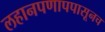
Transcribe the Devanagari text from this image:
लहानपणापपासूनच